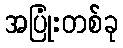
အပြုံးတစ်ခု